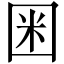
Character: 𡇒